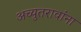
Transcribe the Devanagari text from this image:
अच्युतरावांना